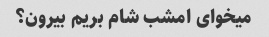
میخوای امشب شام بریم بیرون؟